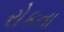
રોકતા